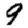
Digit: 9